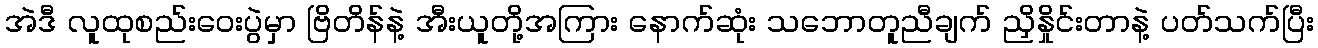
အဲဒီ လူထုစည်းဝေးပွဲမှာ ဗြိတိန်နဲ့ အီးယူတို့အကြား နောက်ဆုံး သဘောတူညီချက် ညှိနှိုင်းတာနဲ့ ပတ်သက်ပြီး